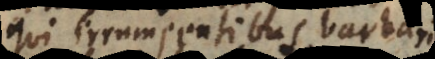
qui irrumpentibus barbaris